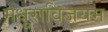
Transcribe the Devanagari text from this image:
मधुराविजयम